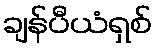
ချန်ပီယံရှစ်